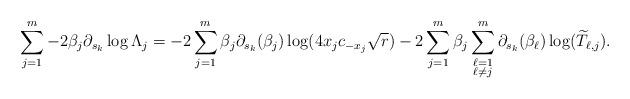
LaTeX: \begin{align*}\sum_{j=1}^{m} - 2\beta_{j} \partial_{s_{k}} \log \Lambda_{j} = -2 \sum_{j=1}^{m} \beta_{j} \partial_{s_{k}}(\beta_{j}) \log (4x_{j}c_{-x_{j}}\sqrt{r}) -2\sum_{j=1}^{m} \beta_{j} \sum_{\substack{\ell = 1 \\ \ell \neq j}}^{m} \partial_{s_{k}}(\beta_{\ell})\log(\widetilde{T}_{\ell,j}).\end{align*}